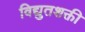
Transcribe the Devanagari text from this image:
विद्युतशक्ती